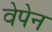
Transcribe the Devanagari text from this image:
वेपेन